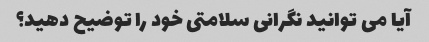
آیا می توانید نگرانی سلامتی خود را توضیح دهید؟